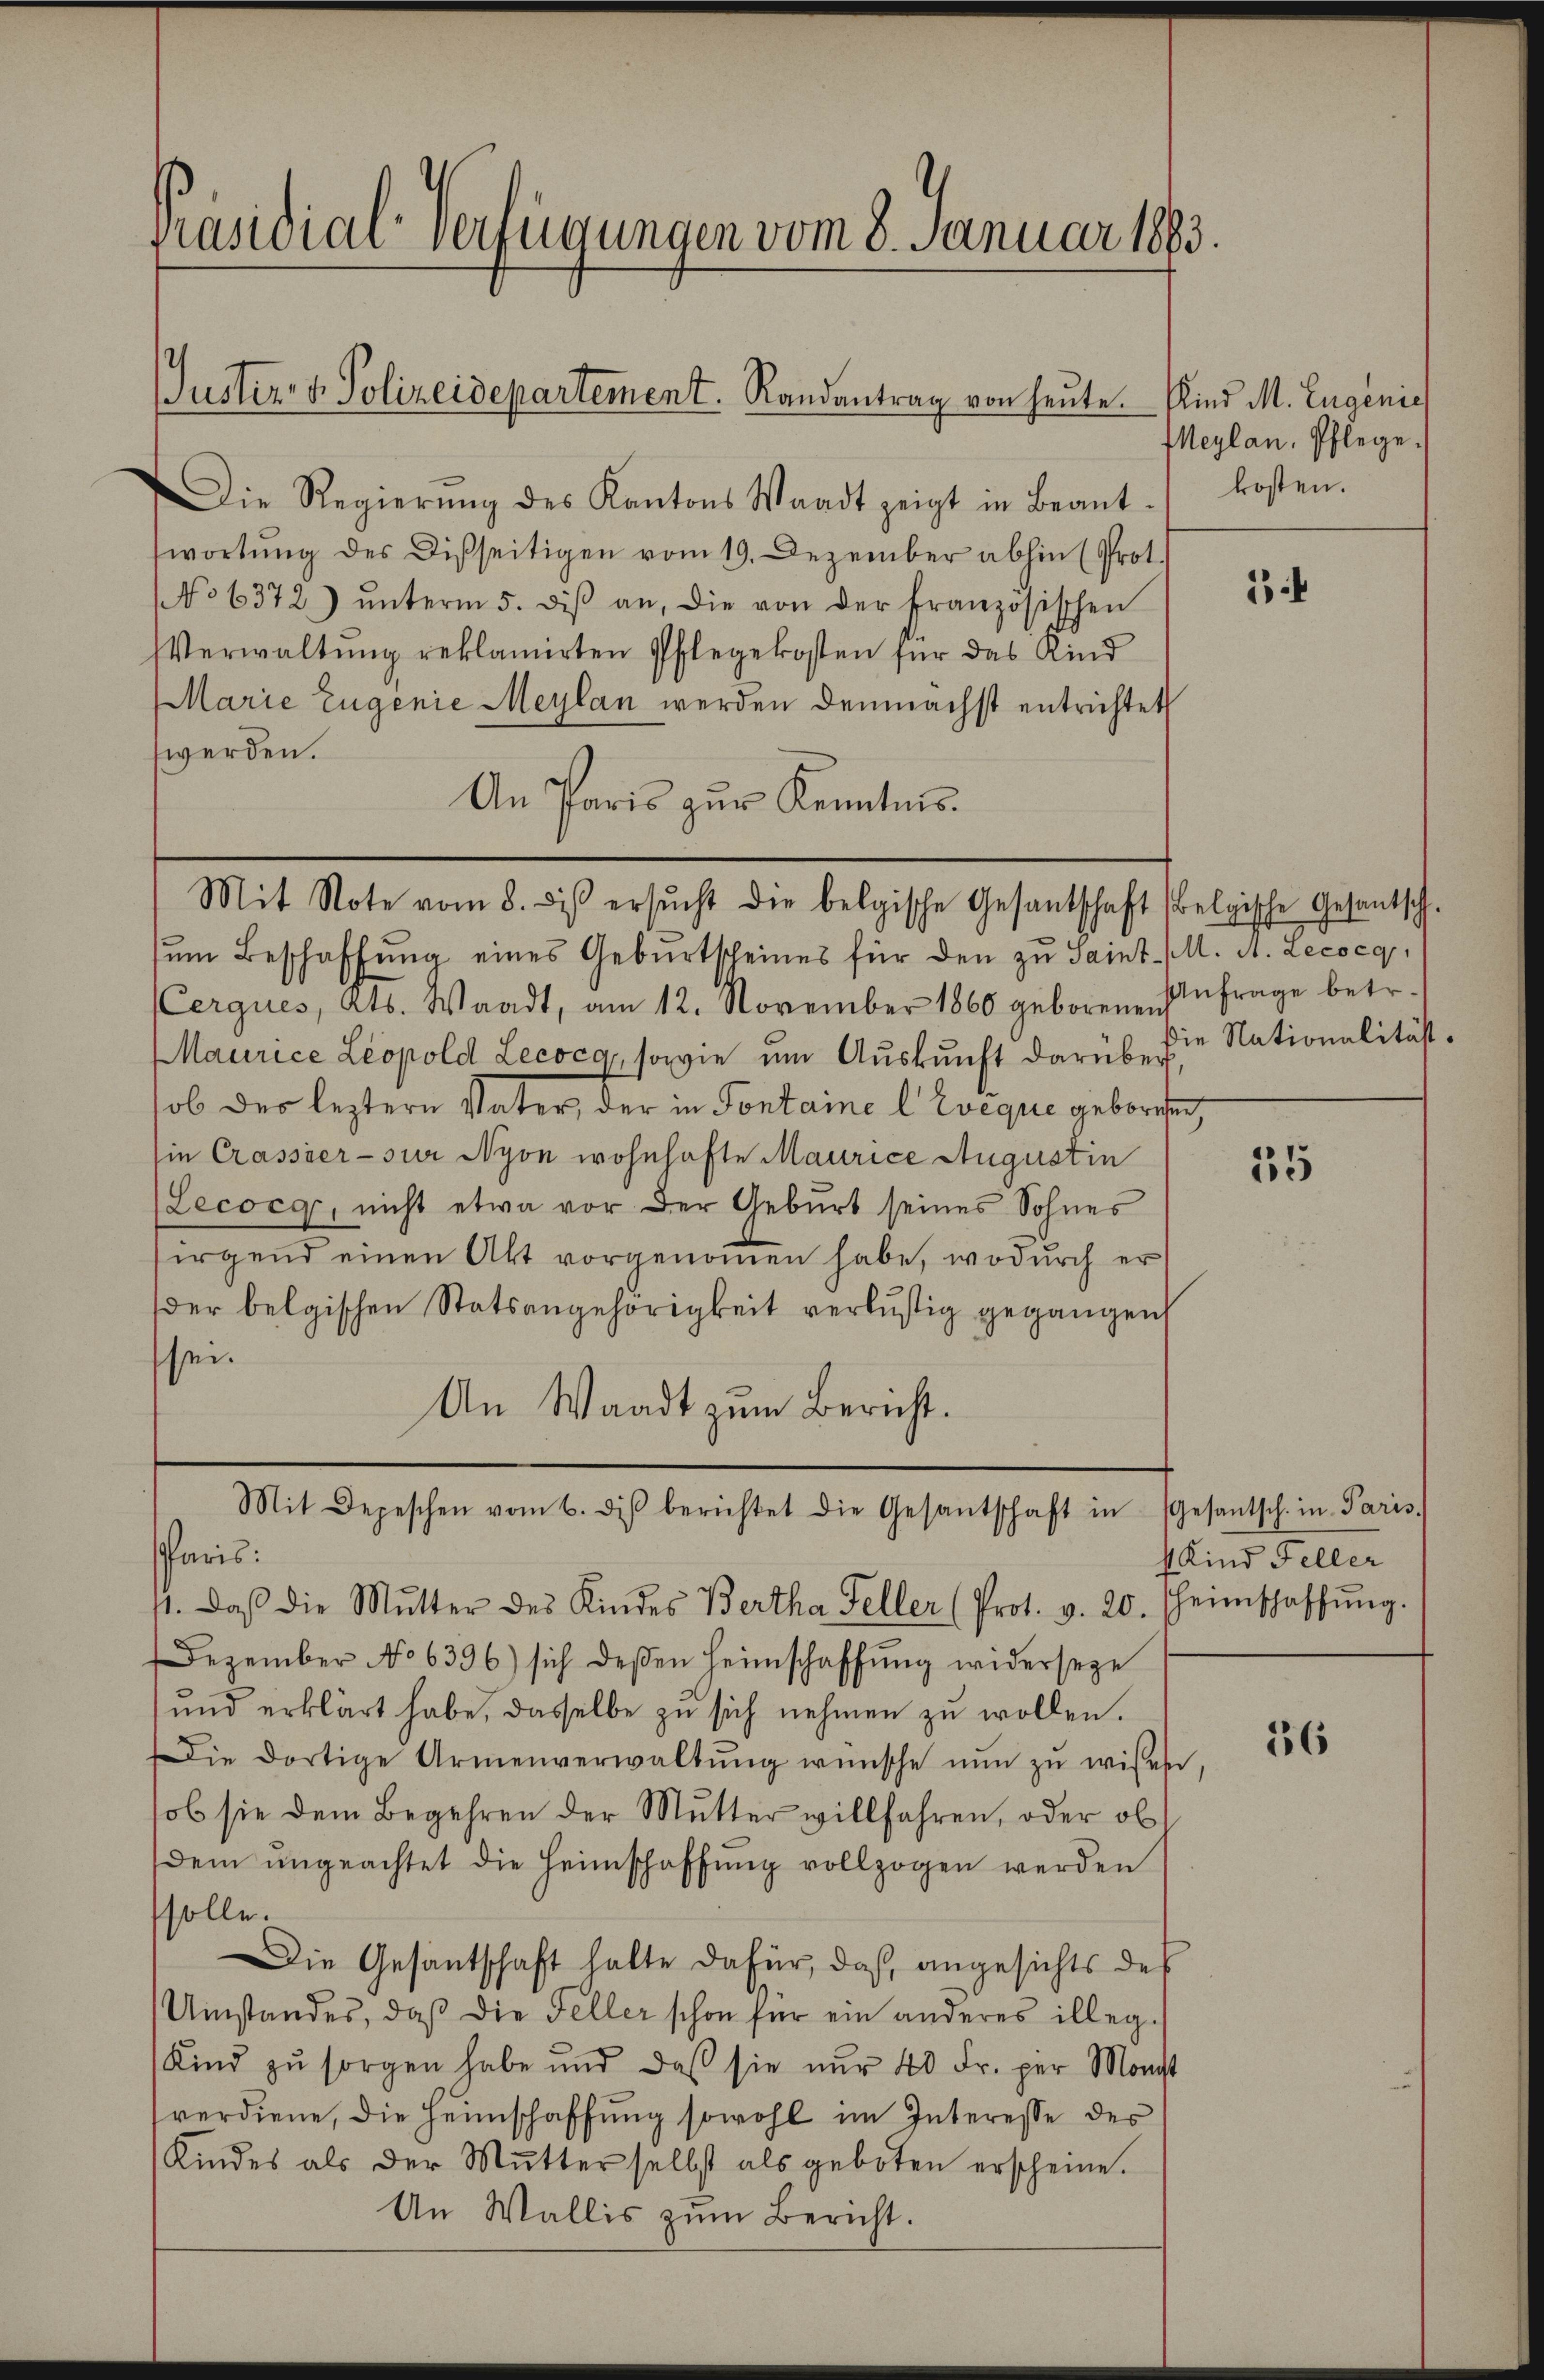
Präsidial-Verfügungen vom 8. Januar 1883.

Justiz- & Polizeidepartement. Randantrag von heute. Kind M. Eugenie

Die Regierŭng des Kantons Waadt zeigt in Beant. kosten.
wortŭng des Disseitigen vom 19. Dezember abhin (Prot.
No 6372) ŭnterm 5. diβ an, die von der Französischen
VVerwaltŭng reklamirten Pflegekosten für das Kind
Marie Eugenie Maylan werden demnächst entrichtet
werden.
An Paris zur Kenntnis.
ŭm Beschaffŭng eines Geburtscheines für den zu Saint M. A. Lecocg,
(Cerques, Kts. Waadt, am 12. November 1860 geborene Anfrage betr.
Maurice Leopold Lecoca, sowie um Auskunft darüber
sob der leztern Vater, der in Fontaine l Evique geborehen,
sie Crassier- sur Nyon wohnhafte Maurice Augustin
(Lecocg, nicht etwa vor der Geburt seines Sohnes
sirgend einen Akt vorgenoṁen habe, wodurch er
der belgischen Statsangehörigkeit verlustig gegangen
sei.
An Waadt zum Bericht.

Mit Note vom 8. ds ersŭcht die belgische Gesantschaft (Belgische Gesantsch-

Mit Depeschen vom 6. diβ berichtet die Gesandtschaft in
Paris.
11. daβ die Mutter des Kindes Bertha Feller (Prot. v. 20. heimschaffŭng.

Dezember No 6396) sich deβen Heimschaffŭng widerseze
ŭnd erklärt habe, dasselbe zŭ sich nehmen zŭ wollen.
Die dortige Armenverwaltŭng wünsche nŭn zŭ wissen
ob sie dem Begehren der Mutter willfahren, oder ob
dem ŭngeachtet die Heimschaffŭng vollzogen werden
solle.
Die Gesantschaft halte dafür, daß angesichts des
Umstandes, daß die Feller schon für ein anderes illeg¬
Kind zŭ sorgen habe und daß sie nŭr 40 Fr. per Monst
verdiene, die Heimschaffung sowohl im Interesse des
Kindes als der Mutter selbst als geboten erscheine.
An Wallis zŭm Bericht.

Meylan, Pflege.

3

ie Nationalität.

35

Gesantsch. in Paris.
1 Kind Feller

36